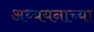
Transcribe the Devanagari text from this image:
अध्ययनाच्या